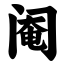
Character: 阉